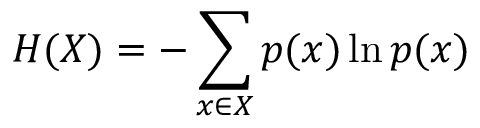
H ( X ) = - \sum _ { x \in X } p ( x ) \ln p ( x )